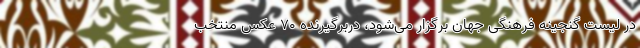
در لیست گنجینه فرهنگی جهان برگزار می‌شود، دربرگیرنده ۷۰ عکس منتخب